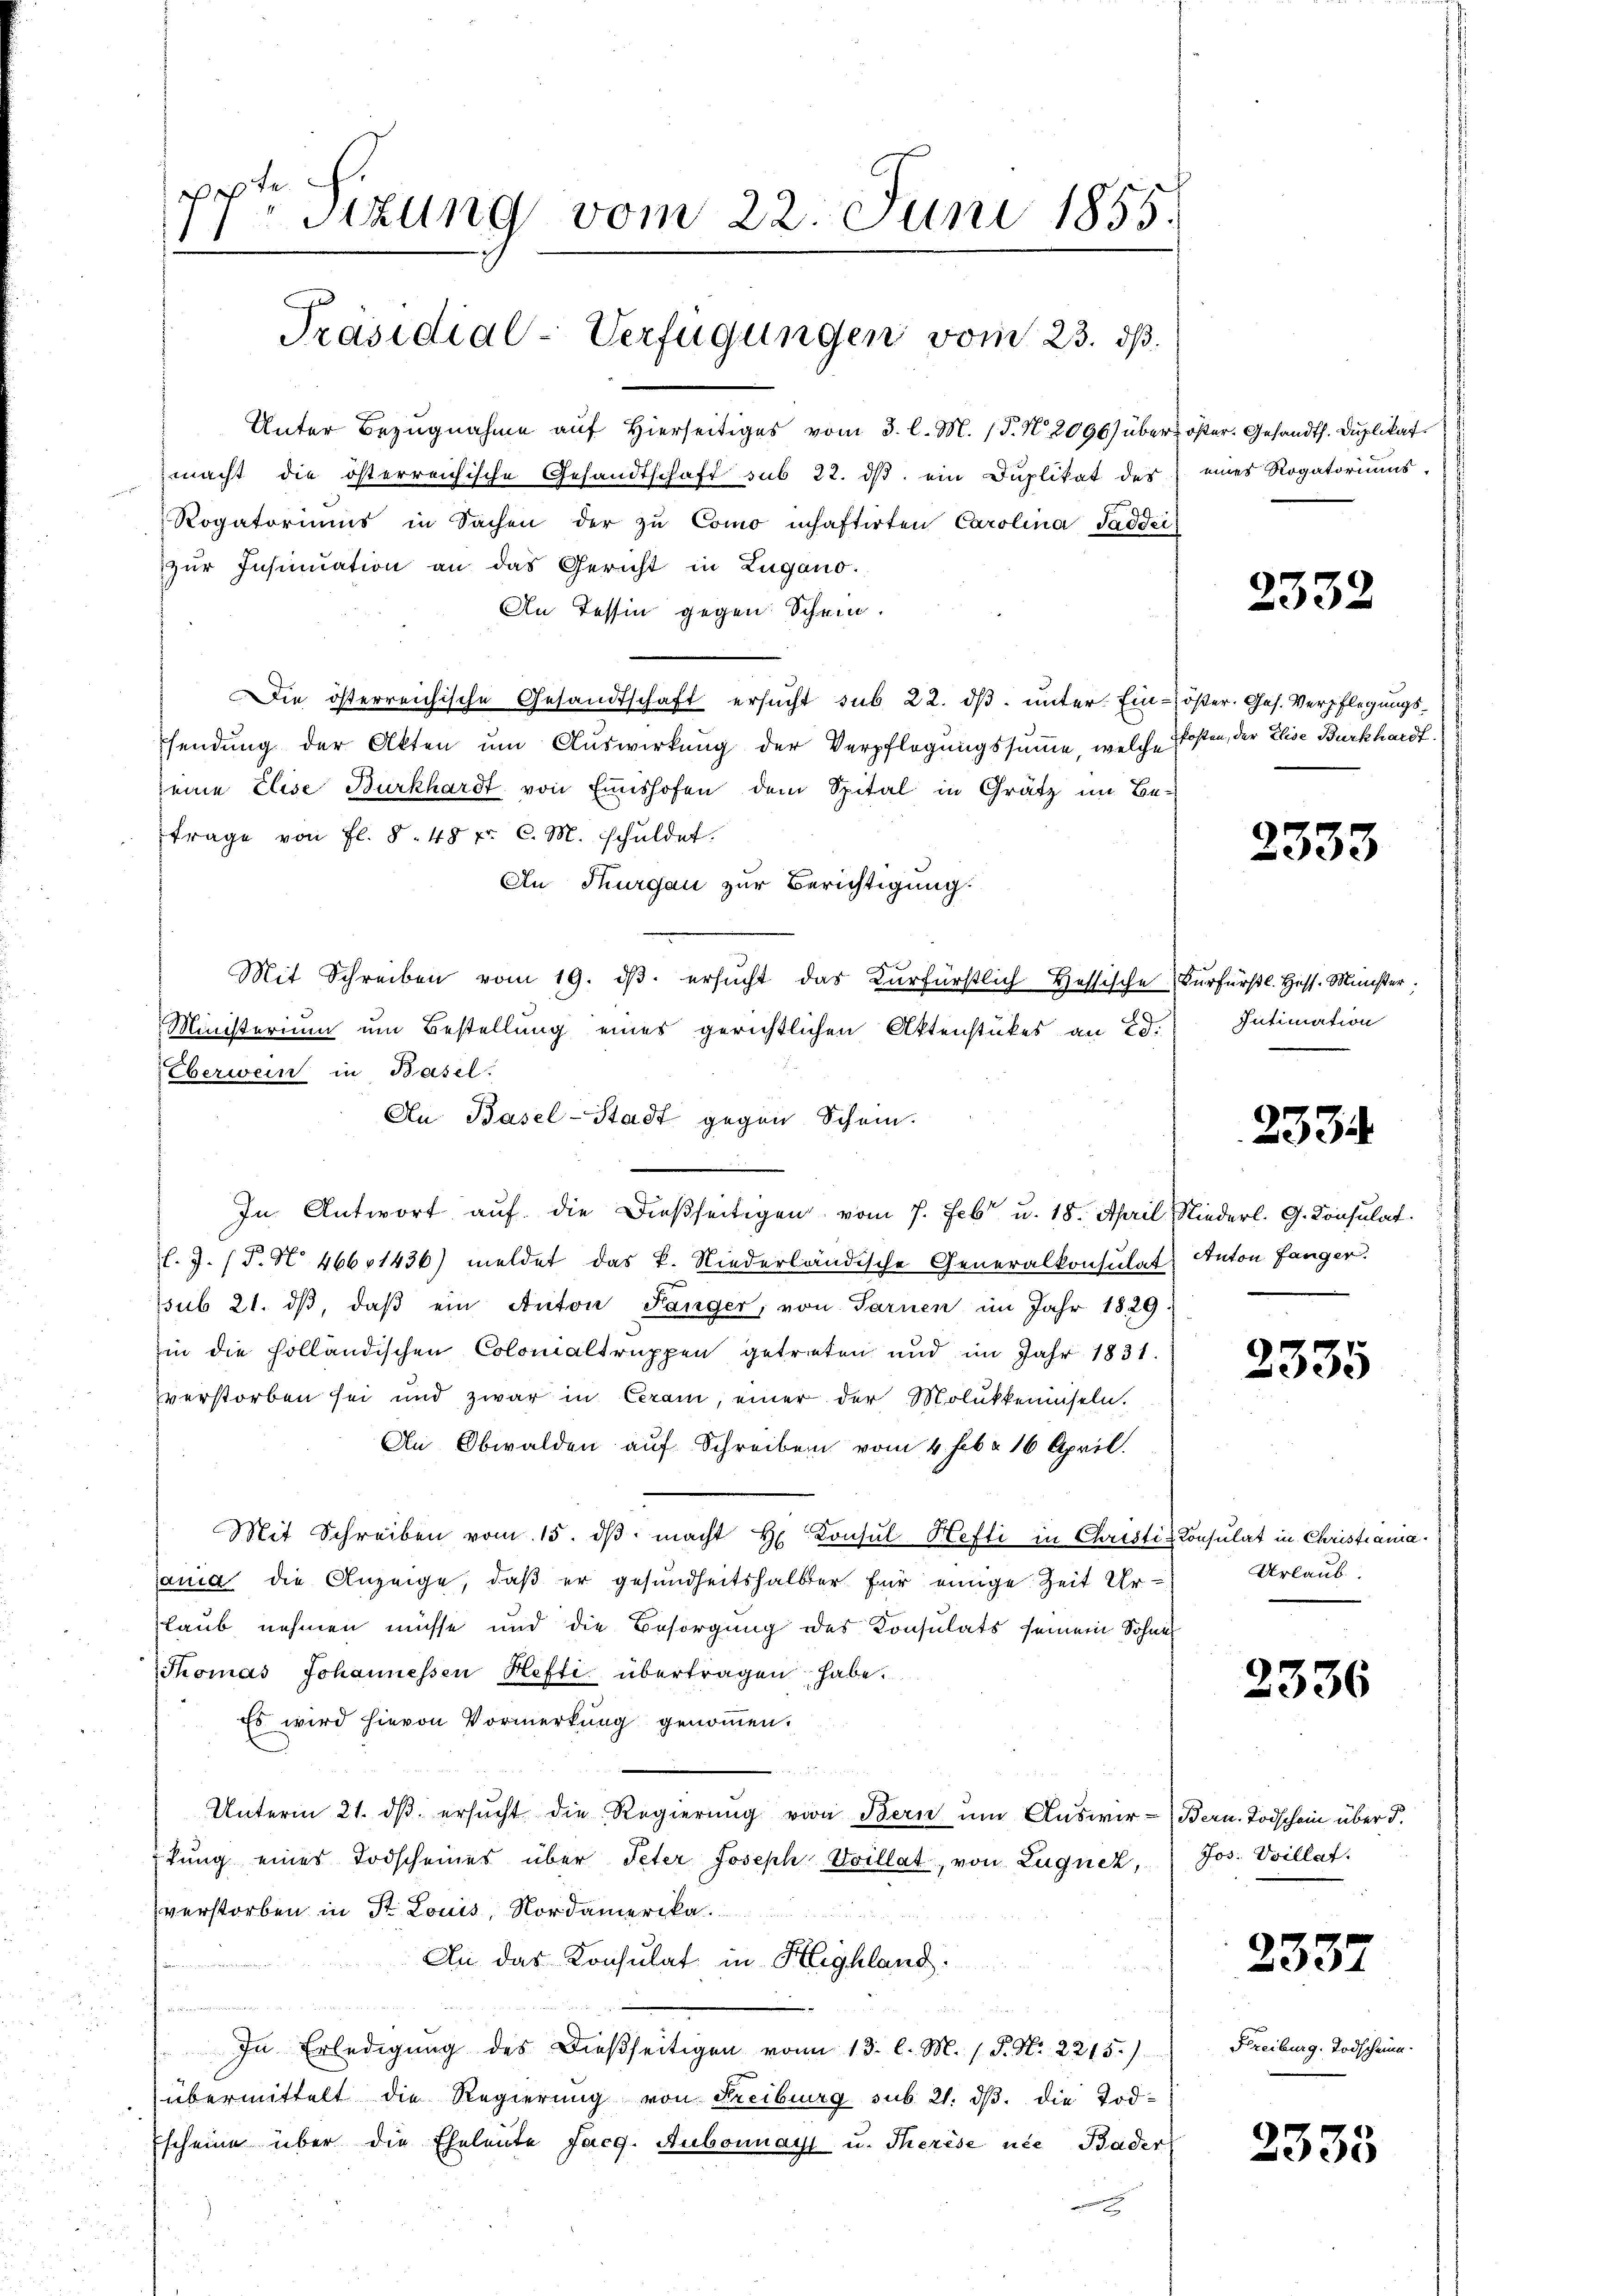
1
sizung vom 22. Juni 1855.
1

Präsidial-Verfügungen vom 23. dß.

Mit Schreiben vom 19. dβ. ersŭcht das Kurfürstlich Hessische Furfürstl. Hess. Minister
Ministerium um Bestellung eines gerichtlichen Aktenstückes an Ed.

Unter Bezugnahme auf hierseitiges vom 3. l. M. (T. N. 2096) über öster. Gesandth. Duplikat
macht die österreichische Gesandtschaft sub 22. dβ ein Duplikat des
Rogatoriums in Sachen der zu Como inhaftirten Carolina Saddei
zŭr Insinuation an das Gericht in Zugano.
An Tessin gegen Schein.
Die österreichische Gesandtschaft ersucht sub 22. dβ. unter. Einsendung der Akten ŭm Aŭswirkung der Verpflegungssumme, welche
seine Elise Burkhardt von Einshofen dem Spital in Grätz im Be-
trage von fl. § 48 fr C. M. schuldet.
An Thurgau zur Berichtigung.
Überwein in Basel.
Au Basel-Stadt gegen Schein.
In Antwort auf die Dießseitigen vom 7. Febr. u. 18. April Niederl. G. Konsulat
l.J. (T. N. 466, 1436) meldet das k. Niederländische Generalkonsulat Anton fänger.
ssub 21. dβ, daβ ein Anton Länger, von Sarnen im Jahr 1829.
hin die holländischen Colonialtruppen getreten und im Jahr 1831.
verstorben sei und zwar in Cerem, einer der Molukkemniseln,
An Obwalden auf Schreiben vom 4. Febr. 16 April.
Mit Schreiben vom 15. dβ macht H. Konsul Hefti in Christis
ania die Anzeige, daß er gesundheitshalber für einige Zeit Ur¬
Laub nehmen müsse und die Besorgung des Konsulats seinem Sohnes
Thomas Johannessen Hefti übertragen habe.
Es wird hievon Vormerkung genommen.
n
Unterm 21. dβ ersŭcht die Regierŭng von Bern um Auswir- Bern. Todschein über d.
tung eines Todscheines über Peter Joseph-Voillat, von Lugnez,
verstorben in St. Louis, Nordamerika.
An das Konsulat in Highland.
un
.
In Erledigung des Dießseitigen vom 13. l. M. / P. Nr. 2215.)
übermittelt die Regierung von Freiburg sub. 21. dβ. die Tod¬
Escheine über die Eheleute Facg. Aubonnatt u. Therese nie Bader

eines Rogatoriums.

2332

öser. Ges. Verpflegungskosten, der Elise Burkhardt.

2333

Intimation

2334

2335

Consulat in Christiania.
Urlaub

2336

Jos. Villat

2337

Freiburg. Todscheine

2335